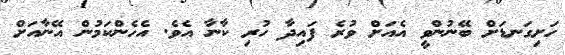
ހަށިގަނޑަށް ބޭނުންވީ އެއަށް ވުރެ ފައިދާ ހުރި ކާނާ އެވެ. އެހެންކަމުން އޭނާއަށް